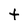
Character: t